Medical and sanitary report on the native army of Bombay for the year
Year: 1878
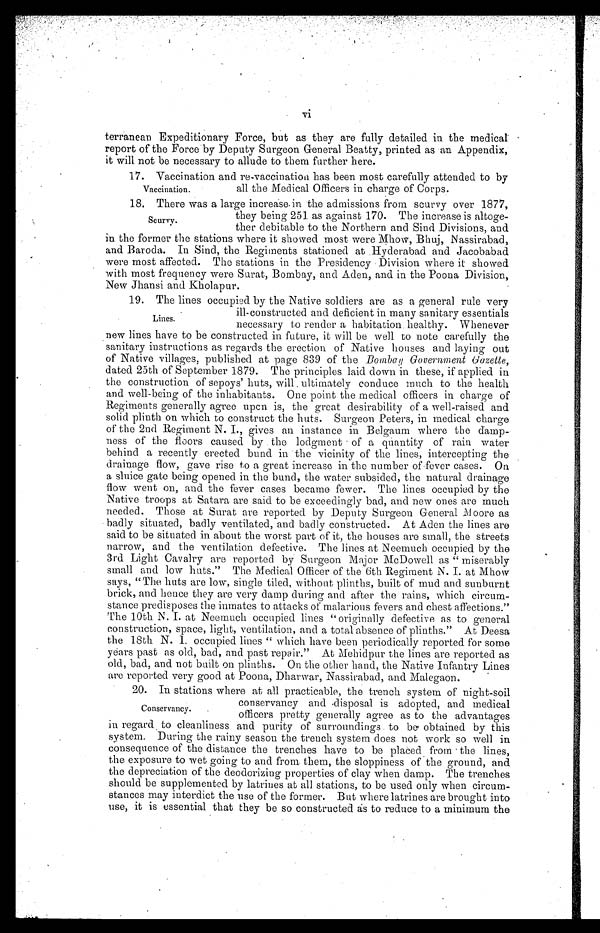
vi
terranean Expeditionary Force, but as they are fully detailed in the medical
report of the Force by Deputy Surgeon General Beatty, printed as an Appendix,
it will not be necessary to allude to them further here.
17. Vaccination and re-vaccination has been most carefully attended to by
Vaccination.
all the Medical Officers in charge of Corps.
18.
There was a large increase in the admissions from scurvy over 1877,
they being 251 as against 170. The increase is altoge-
ther debitable to the Northern and Sind Divisions, and
in the former the stations where it showed most were Mhow, Bhuj, Nassirabad,
and Baroda. In Sind, the Regiments stationed at Hyderabad and Jacobabad
were most affected. The stations in the Presidency Division where it showed
with most frequency were Surat, Bombay, and Aden, and in the Poona Division,
New Jhansi and Kholapur.
19.
The lines occupied by the Native soldiers are as a general rule very
ill-constructed and deficient in many sanitary essentials
necessary to render a habitation healthy. Whenever
new lines have to be constructed in future, it will be well to note carefully the
sanitary instructions as regards the erection of Native houses and laying out
of Native villages, published at page 839 of the Bombay Government Gazette,
dated 25th of September 1879. The principles laid down in these, if applied in
the construction of sepoys' huts, will ultimately conduce much to the health
and well-being of the inhabitants. One point the medical officers in charge of
Regiments generally agree upon is, the great desirability of a well-raised and
solid plinth on which to construct the huts. Surgeon Peters, in medical charge
of the 2nd Regiment N. I., gives an instance in Belgaum where the damp
ness of the floors caused by the lodgment of a quantity of rain water
behind a recently erected bund in the vicinity of the lines, intercepting the
drainage flow, gave rise to a great increase in the number of fever cases. On
a sluice gate being opened in the bund, the water subsided, the natural drainage
flow went on, and the fever cases became fewer. The lines occupied by the
Native troops at Satara are said to be exceedingly bad, and new ones are much
needed. Those at Surat are reported by Deputy Surgeon General Moore as
badly situated, badly ventilated, and badly constructed. At Aden the lines are
said to be situated in about the worst part of it, the houses are small, the streets
narrow, and the ventilation defective. The lines at Neemuch occupied by the
3rd Light Cavalry are reported by Surgeon Major McDowell as " miserably
small and low huts." The Medical Officer of the 6th Regiment N. I. at Mhow
says, "The huts are low, single tiled, without plinths, built of mud and sunburnt
brick, and hence they are very damp during and after the rains, which circum-
stance predisposes the inmates to attacks of malarious fevers and chest affections."
The 10th N. I. at Neemuch occupied lines " originally defective as to general
construction, space, light, ventilation, and a total absence of plinths." At Deesa
the 18th N. I. occupied lines " which have been periodically reported for some
years past as old, bad, and past repair." At Mehidpur the lines are reported as
old, bad, and not built on plinths. On the other hand, the Native Infantry Lines
are reported very good at Poona, Dharwar, Nassirabad, and Malegaon.
20.
In stations where at all practicable, the trench system of night-soil
conservancy and disposal is adopted, and medical
officers pretty generally agree as to the advantages
in regard to cleanliness and purity of surroundings to be obtained by this
system. During the rainy season the trench system does not work so well in
consequence of the distance the trenches have to be placed from the lines,
the exposure to wet going to and from them, the sloppiness of the ground, and
the depreciation of the deodorizing properties of clay when damp. The trenches
should be supplemented by latrines at all stations, to be used only when circum-
stances may interdict the use of the former. But where latrines are brought into
use, it is essential that they be so constructed as to reduce to a minimum the
Scurvy.
Lines.
Conservancy.